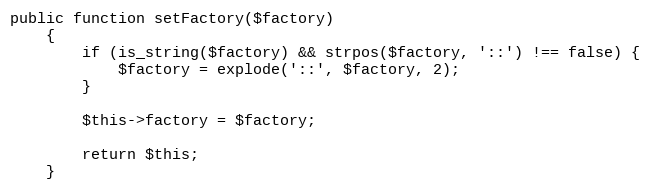
Language: PHP
public function setFactory($factory)
    {
        if (is_string($factory) && strpos($factory, '::') !== false) {
            $factory = explode('::', $factory, 2);
        }

        $this->factory = $factory;

        return $this;
    }